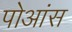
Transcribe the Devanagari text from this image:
पोआंस